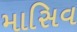
માસિવ